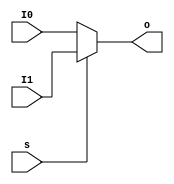
`timescale 1ns / 1ps

module Mux2x64(
    input   [63:0]  I0,
    input   [63:0]  I1,
    input           s,
    output  [63:0]  o
);
    assign o = s ? I1 : I0;
endmodule